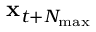
\mathbf { x } _ { t + N _ { \mathrm { m a x } } }